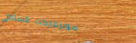
سوبرماركت السلام